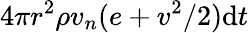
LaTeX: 4\pi r^{2}\rho v_{n}(e+v^{2}/2)\mathrm{d}t